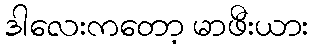
ဒါလေးကတော့ မာဖီးယား